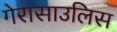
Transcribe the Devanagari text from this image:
गेरासाउलिस